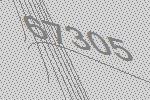
67305